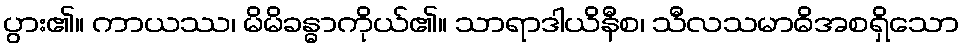
ပွား၏။ ကာယဿ၊ မိမိခန္ဓာကိုယ်၏။ သာရာဒါယိနီစ၊ သီလသမာဓိအစရှိသော